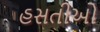
હસતીઓ